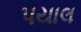
પયાલ